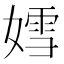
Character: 𡠭